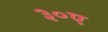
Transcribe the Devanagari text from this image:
३०ए